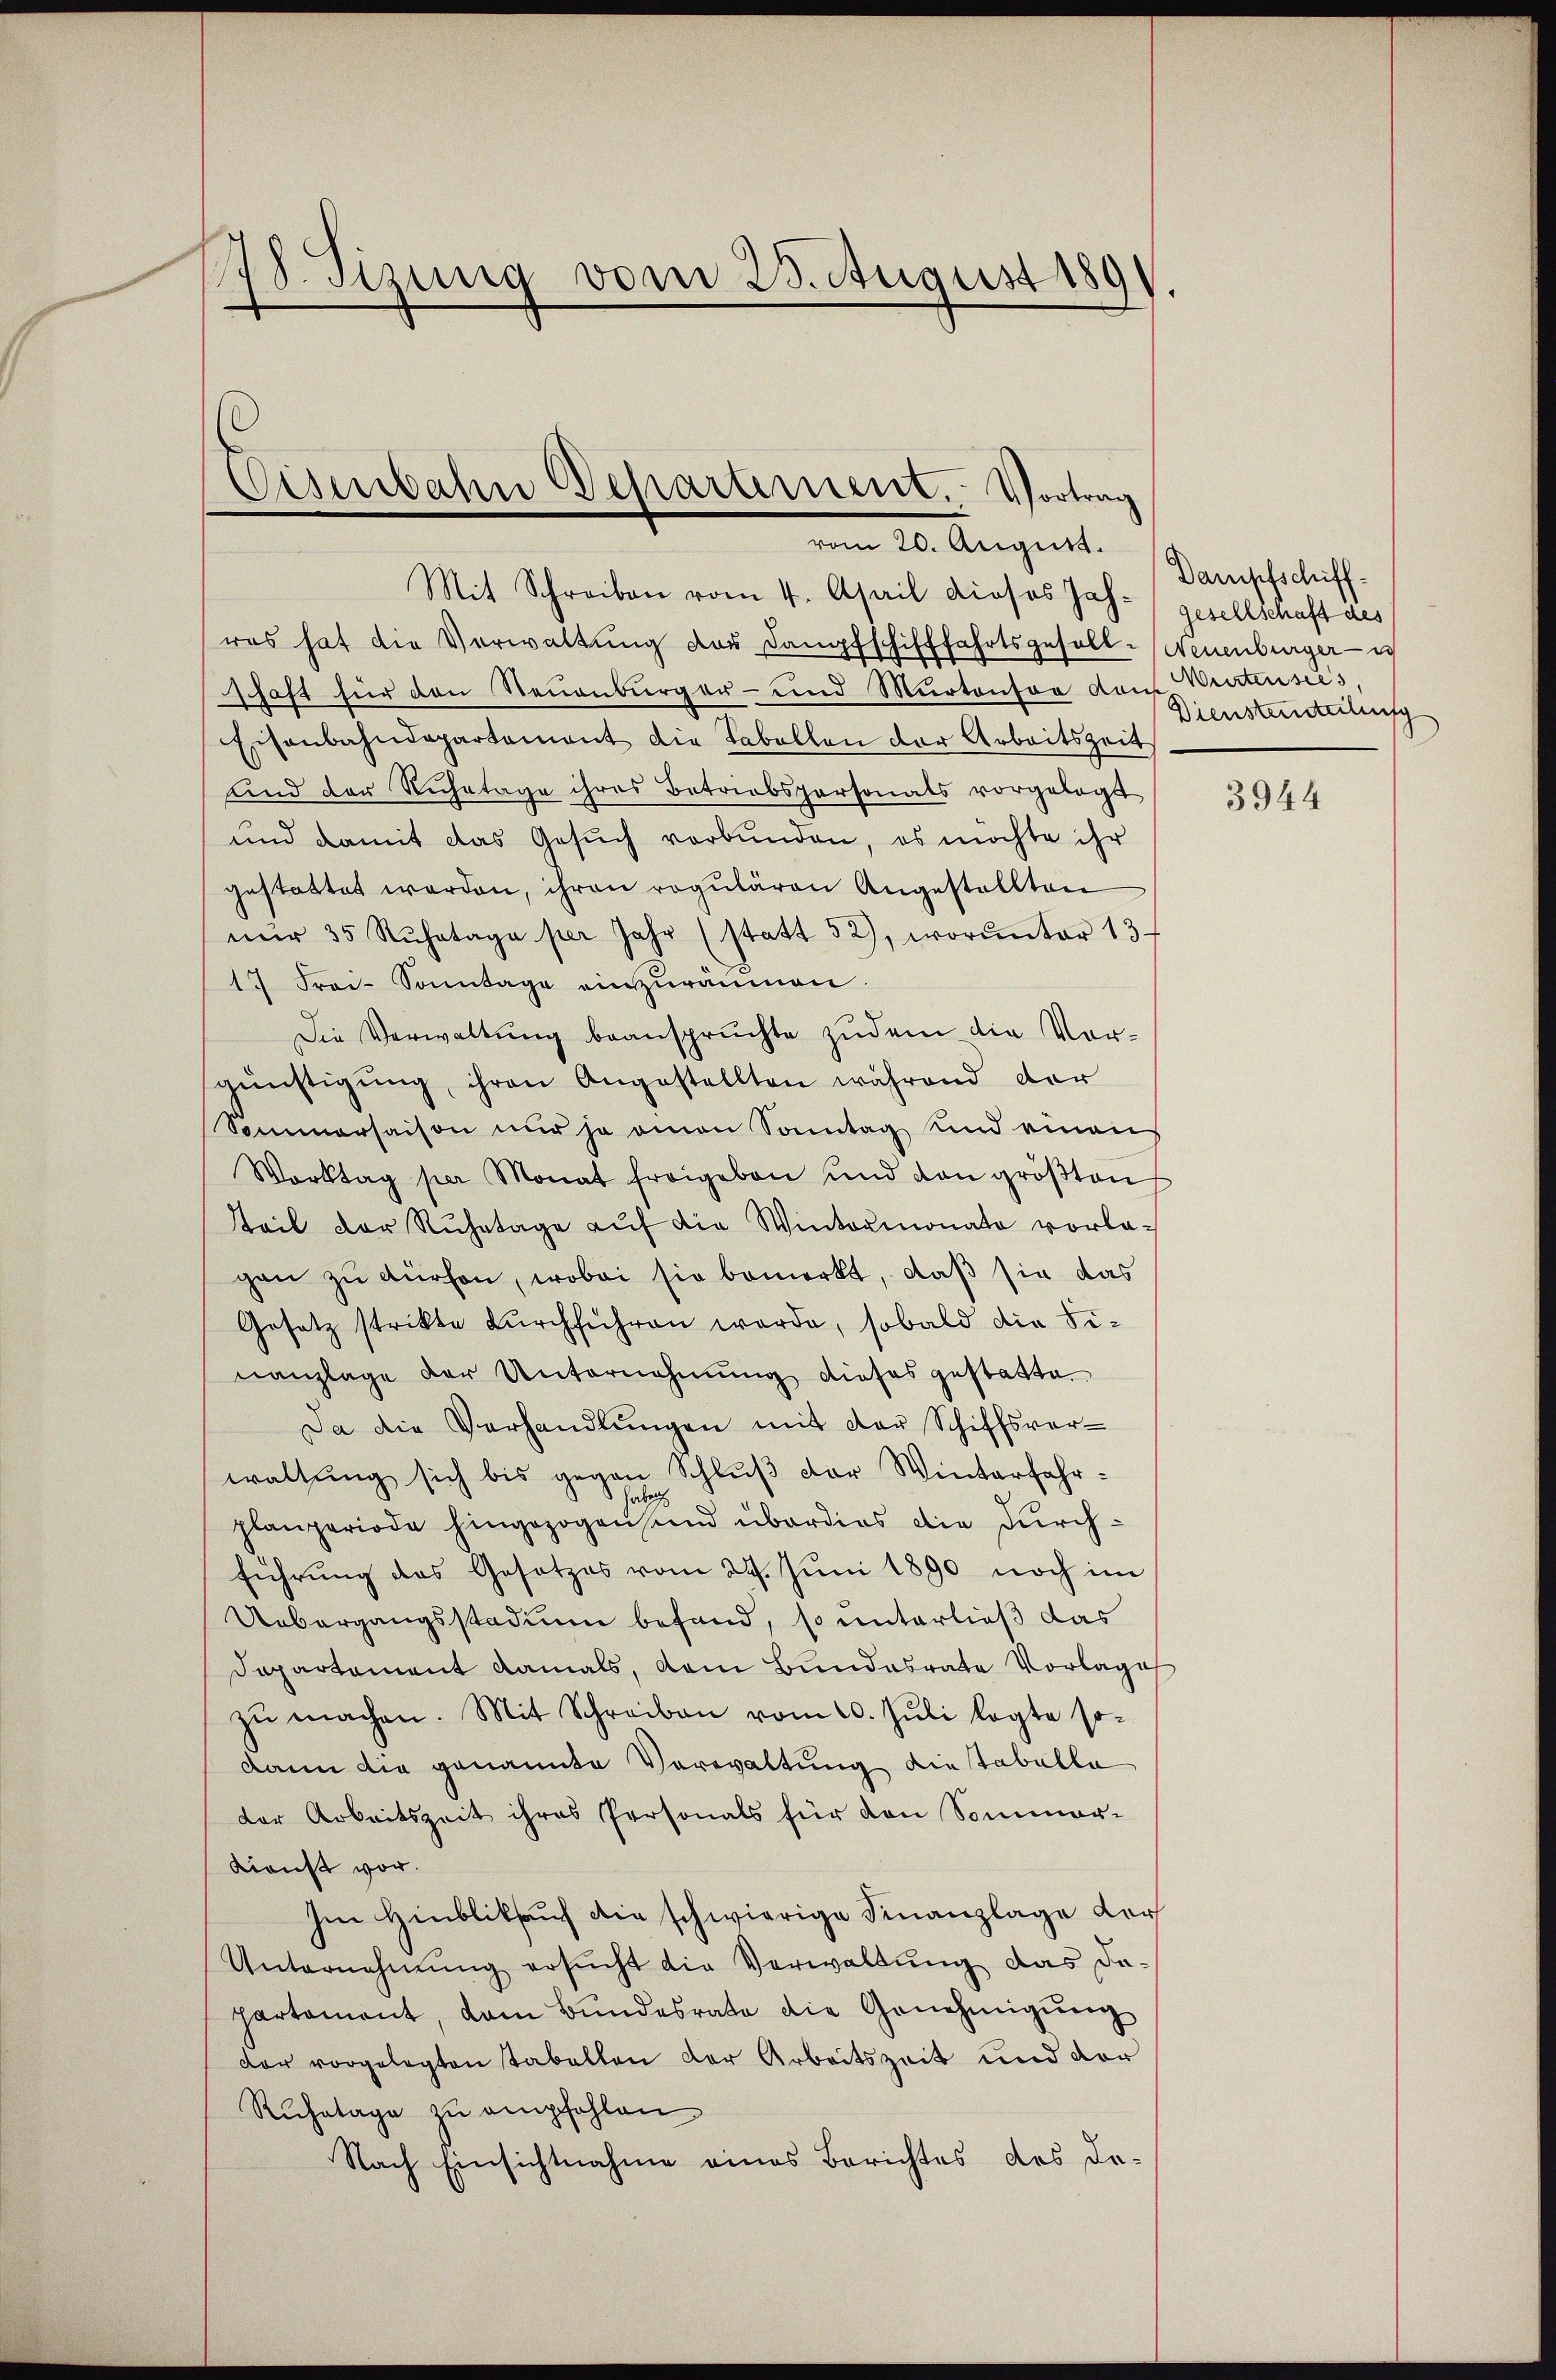
178. Sizung vom 28. August 189.

Eisenbahn Departement. Vortrag
vom 20. August.

Mit Schreiben vom 4. April dieses Jahr gesellschaft des
ras hat die Verwaltŭng der Dampfschifffahrtsgesell-Neuenburger i
schaft für den Neuenburger- und Murtenso dans Werten seis
Eisenbahndepartemont die Tabellen der Arbeitszeit
und der Ruhetage ihres Betriebspersonals vorgelegt
und damit das Gesŭch verbunden, es möchte ihr
gestattet werden, ihren regulären Angestellten
nŭr 35 Rŭhetage per Jahr (statt 52), worŭnter 13
17 Frai-Sonntage einzuräumen.
Die Verwaltung beanspruchte zudem die Vorgünstigung, ihren Angestellten während der
Sommersaison nur ja omnen Sonntag und einen
Worktag per Monat freigeben und von größten
Teil der Ruhetage auf die Wintermonato vorlagen zu dürfen, wobei sie bemerkt, daß sie das
Gesetz strikte durchführen werde, sobald die Si¬
Kanzlage der Unternehmung dieses gestatte.
Da die Verhandlŭngen mit der Schiffsver-
waltung sich bis gegen Schluß der Winterfahrhaben
planperiode hingezogen und überdies die Durchführŭng das Gesetzes vom 29. Jŭni 1890 noch im
Uebergangsstadung befand, so unterließ das
Departement damals, dem Bundesrate Vorlage
zŭ machen. Mit Schreiben vom 10. Jŭli legte so-
dann die genannte Verwaltung die tabelle
der Arbeitszeit ihres Personals für den Sommer-
Kienst vor.
Im Hinbliksauf die schwierige Finanzlage der
Unternehmung ersucht die Verwaltung das dapartament, dem Bundesrate die Genehmigŭng
der vorgelegten Tabellen der Arbeitszeit und der
Ruhetage zu empfehlen
Nach Einsichtnahme eines Berichtes des De-

Dampfschiff¬
Dienstenteilung

3944